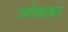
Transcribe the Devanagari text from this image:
अपेश्राक्रत